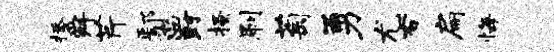
拯舜芹鄢爵搔刷萄勇尤右扁悔